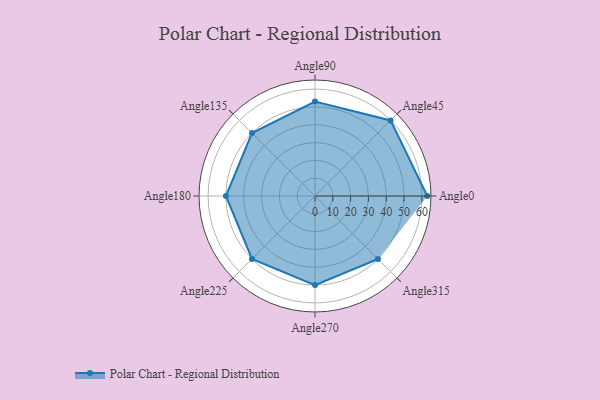
{"axis": {"x": "Angle", "y": "Radius"}, "legend": [""], "data": [{"x": "Angle0", "y": 63.0, "type": ""}, {"x": "Angle45", "y": 60.0, "type": ""}, {"x": "Angle90", "y": 53.0, "type": ""}, {"x": "Angle135", "y": 50.0, "type": ""}, {"x": "Angle180", "y": 50, "type": ""}, {"x": "Angle225", "y": 50, "type": ""}, {"x": "Angle270", "y": 50, "type": ""}, {"x": "Angle315", "y": 50, "type": ""}]}